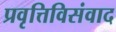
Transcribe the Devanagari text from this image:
प्रवृत्तिविसंवाद